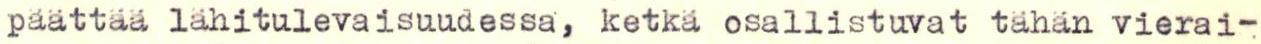
päättää lähitulevaisuudessa, ketkä osallistuvat tähän vierai-